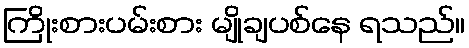
ကြိုးစားပမ်းစား မျိုချပစ်နေ ရသည်။